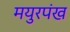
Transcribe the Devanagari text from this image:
मयुरपंख